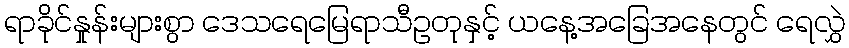
ရာခိုင်နှုန်းများစွာ ဒေသရေမြေရာသီဥတုနှင့် ယနေ့အခြေအနေတွင် ရေလွှဲ